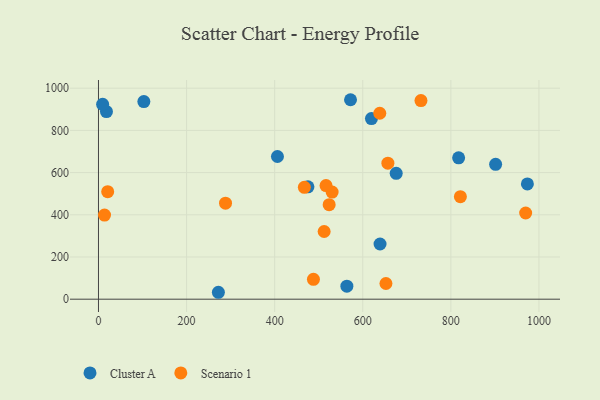
{"axis": {"x": "Experience", "y": "Sales"}, "legend": ["Cluster A", "Scenario 1"], "data": [{"x": "18.1", "y": 889.1, "type": "Cluster A"}, {"x": "973.7", "y": 546.1, "type": "Cluster A"}, {"x": "675.9", "y": 596.3, "type": "Cluster A"}, {"x": "9.4", "y": 923.4, "type": "Cluster A"}, {"x": "103.0", "y": 936.7, "type": "Cluster A"}, {"x": "901.6", "y": 639.3, "type": "Cluster A"}, {"x": "406.3", "y": 676.3, "type": "Cluster A"}, {"x": "619.7", "y": 855.9, "type": "Cluster A"}, {"x": "272.2", "y": 32.8, "type": "Cluster A"}, {"x": "639.2", "y": 261.5, "type": "Cluster A"}, {"x": "563.9", "y": 61.6, "type": "Cluster A"}, {"x": "572.2", "y": 945.3, "type": "Cluster A"}, {"x": "817.6", "y": 670.1, "type": "Cluster A"}, {"x": "475.5", "y": 532.4, "type": "Cluster A"}, {"x": "530.4", "y": 507.5, "type": "Scenario 1"}, {"x": "20.9", "y": 509.6, "type": "Scenario 1"}, {"x": "652.6", "y": 74.4, "type": "Scenario 1"}, {"x": "467.4", "y": 530.1, "type": "Scenario 1"}, {"x": "732.1", "y": 941.5, "type": "Scenario 1"}, {"x": "638.6", "y": 881.1, "type": "Scenario 1"}, {"x": "288.4", "y": 455.2, "type": "Scenario 1"}, {"x": "657.0", "y": 644.5, "type": "Scenario 1"}, {"x": "488.0", "y": 94.2, "type": "Scenario 1"}, {"x": "523.7", "y": 448.0, "type": "Scenario 1"}, {"x": "821.6", "y": 485.8, "type": "Scenario 1"}, {"x": "969.8", "y": 408.6, "type": "Scenario 1"}, {"x": "512.3", "y": 320.8, "type": "Scenario 1"}, {"x": "13.7", "y": 398.7, "type": "Scenario 1"}, {"x": "516.6", "y": 538.4, "type": "Scenario 1"}]}